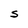
Character: S